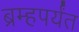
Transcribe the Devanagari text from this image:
ब्रम्हपर्यंत